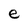
Character: e